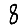
Digit: 8